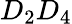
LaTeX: D_{2}D_{4}